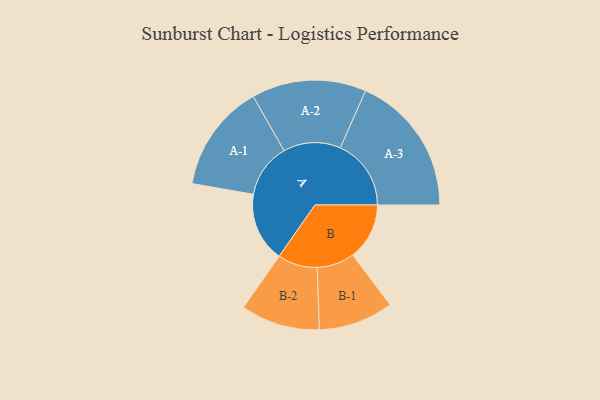
{"axis": {"x": "Segment", "y": "Value"}, "legend": ["", "A", "B"], "data": [{"x": "A", "y": 256, "type": ""}, {"x": "B", "y": 209, "type": ""}, {"x": "A-1", "y": 199, "type": "A"}, {"x": "A-2", "y": 211, "type": "A"}, {"x": "A-3", "y": 261, "type": "A"}, {"x": "B-1", "y": 138, "type": "B"}, {"x": "B-2", "y": 146, "type": "B"}]}